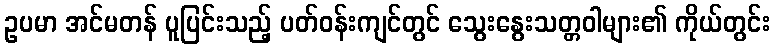
ဥပမာ အင်မတန် ပူပြင်းသည့် ပတ်ဝန်းကျင်တွင် သွေးနွေးသတ္တဝါများ၏ ကိုယ်တွင်း